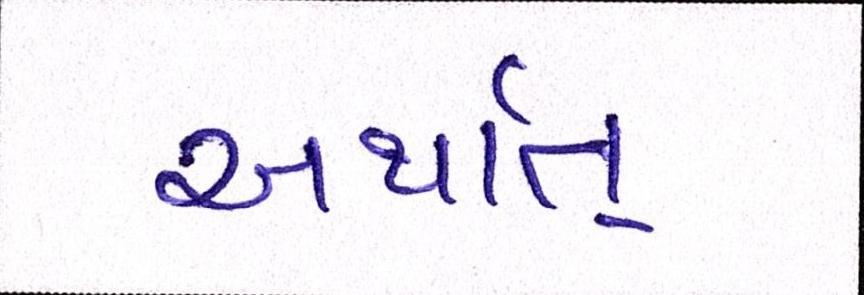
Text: અર્થાત્